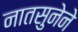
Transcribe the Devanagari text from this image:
नातसुनेने